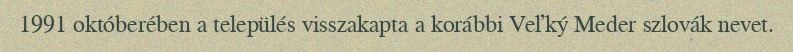
1991 októberében a település visszakapta a korábbi Veľký Meder szlovák nevet.